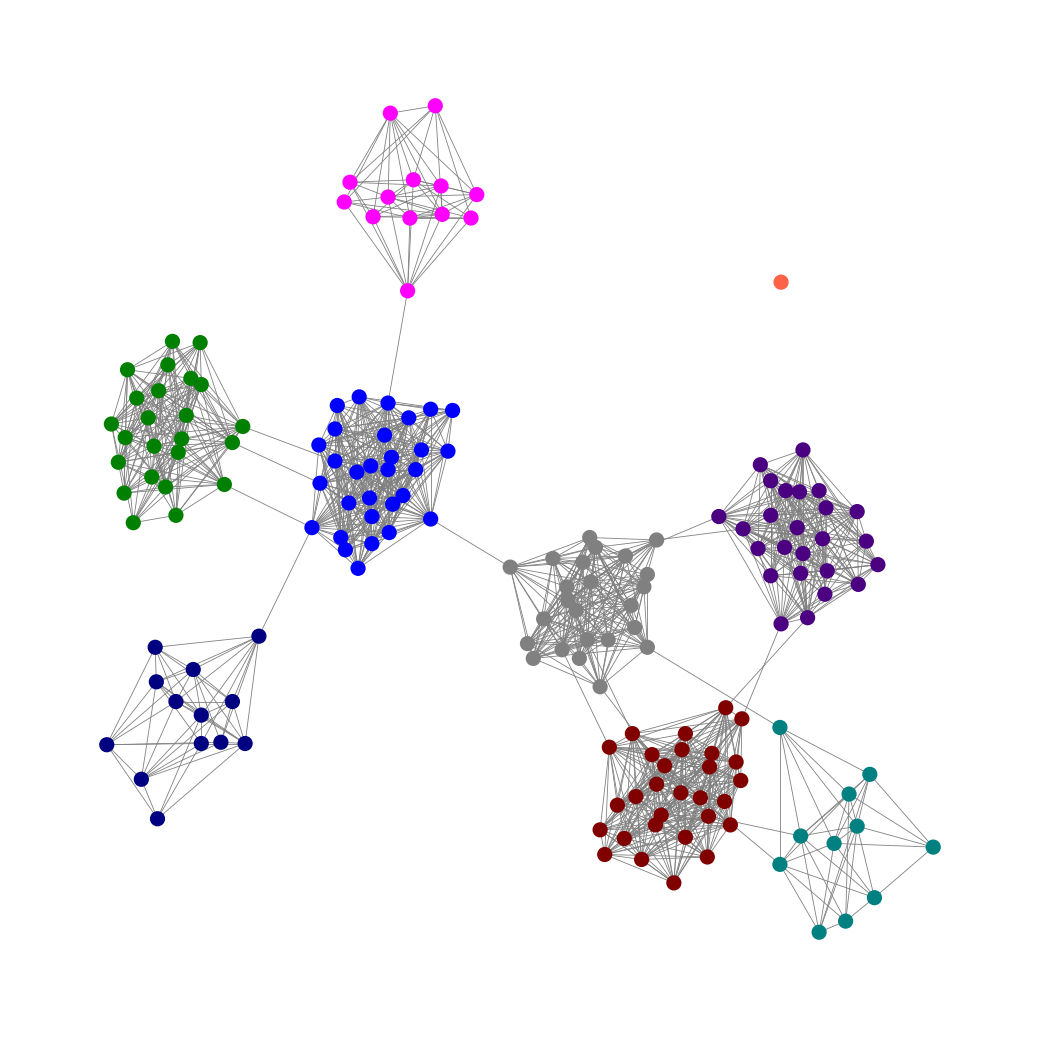
Graph connected: No
Number of connected components: 2
Number of singletons: 1
Total number of nodes: 170
Total number of edges: 1342
Number of communities: 9
Community sizes:
Blue: 30
Fuchsia: 13
Gray: 24
Green: 24
Indigo: 25
Maroon: 29
Navy: 13
Teal: 11
Tomato: 1
Graph layout: tda
Graph generation method: erdos_renyi